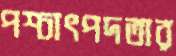
পশ্চাৎপদতার